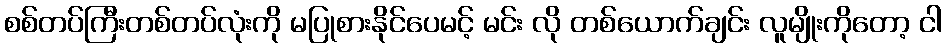
စစ်တပ်ကြီးတစ်တပ်လုံးကို မပြုစားနိုင်ပေမင့် မင်း လို တစ်ယောက်ချင်း လူမျိုးကိုတော့ ငါ